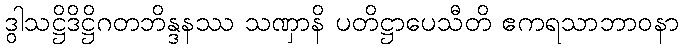
ဒွါသဋ္ဌိဒိဋ္ဌိဂတဘိန္ဒနဿ သဏှာနိ ပတိဋ္ဌာပေသီတိ ဧကရသာဘာဝနာ